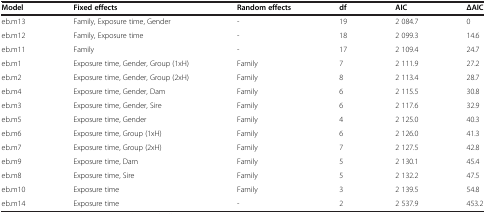
<table><thead><tr><td><b>Model</b></td><td><b>Fixed effects</b></td><td><b>Random effects</b></td><td><b>df</b></td><td><b>AIC</b></td><td><b>ΔAIC</b></td></tr></thead><tbody><tr><td>eb.m13</td><td>Family, Exposure time, Gender</td><td>-</td><td>19</td><td>2 084.7</td><td>0</td></tr><tr><td>eb.m12</td><td>Family, Exposure time</td><td>-</td><td>18</td><td>2 099.3</td><td>14.6</td></tr><tr><td>eb.m11</td><td>Family</td><td>-</td><td>17</td><td>2 109.4</td><td>24.7</td></tr><tr><td>eb.m1</td><td>Exposure time, Gender, Group (1xH)</td><td>Family</td><td>7</td><td>2 111.9</td><td>27.2</td></tr><tr><td>eb.m2</td><td>Exposure time, Gender, Group (2xH)</td><td>Family</td><td>8</td><td>2 113.4</td><td>28.7</td></tr><tr><td>eb.m4</td><td>Exposure time, Gender, Dam</td><td>Family</td><td>6</td><td>2 115.5</td><td>30.8</td></tr><tr><td>eb.m3</td><td>Exposure time, Gender, Sire</td><td>Family</td><td>6</td><td>2 117.6</td><td>32.9</td></tr><tr><td>eb.m5</td><td>Exposure time, Gender</td><td>Family</td><td>4</td><td>2 125.0</td><td>40.3</td></tr><tr><td>eb.m6</td><td>Exposure time, Group (1xH)</td><td>Family</td><td>6</td><td>2 126.0</td><td>41.3</td></tr><tr><td>eb.m7</td><td>Exposure time, Group (2xH)</td><td>Family</td><td>7</td><td>2 127.5</td><td>42.8</td></tr><tr><td>eb.m9</td><td>Exposure time, Dam</td><td>Family</td><td>5</td><td>2 130.1</td><td>45.4</td></tr><tr><td>eb.m8</td><td>Exposure time, Sire</td><td>Family</td><td>5</td><td>2 132.2</td><td>47.5</td></tr><tr><td>eb.m10</td><td>Exposure time</td><td>Family</td><td>3</td><td>2 139.5</td><td>54.8</td></tr><tr><td>eb.m14</td><td>Exposure time</td><td>-</td><td>2</td><td>2 537.9</td><td>453.2</td></tr></tbody></table>